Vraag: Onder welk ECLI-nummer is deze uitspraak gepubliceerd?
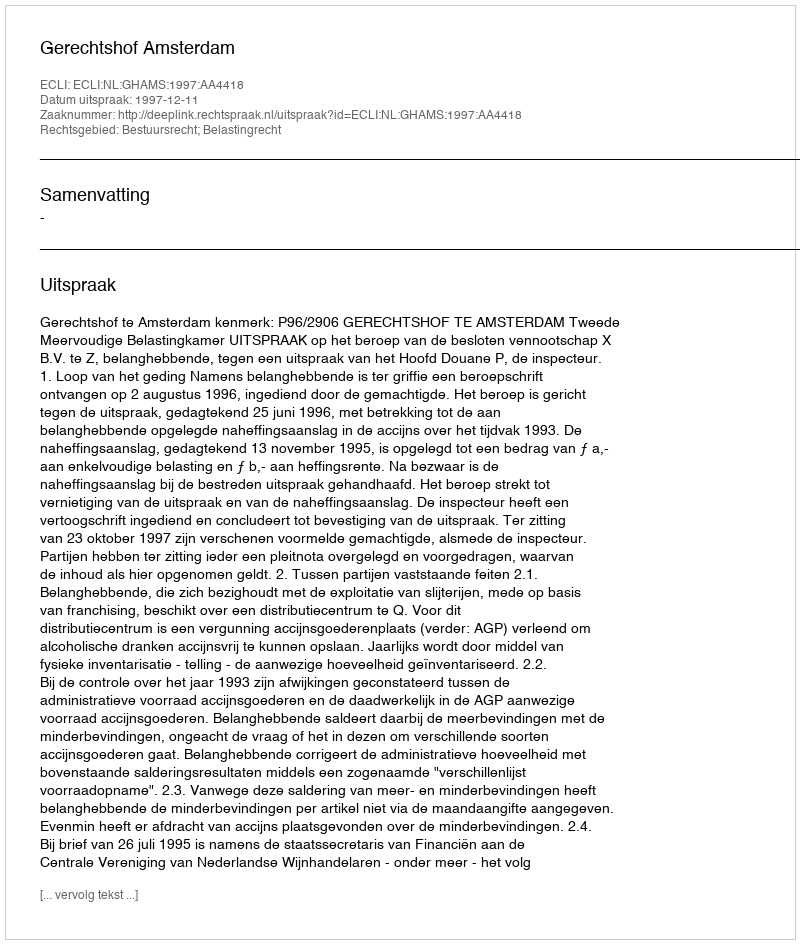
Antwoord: ECLI:NL:GHAMS:1997:AA4418